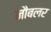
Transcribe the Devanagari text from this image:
नौबलर